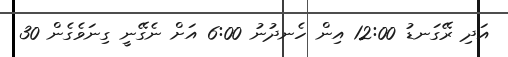
އަދި ރޭގަނޑު 12:00 އިން ހެނދުނު 6:00 އަށް ނެގޭނީ ގިނަވެގެން 30